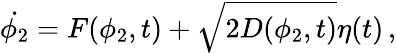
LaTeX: \dot{\phi_{2}}=F(\phi_{2},t)+\sqrt{2D(\phi_{2},t)}\eta(t)\, ,